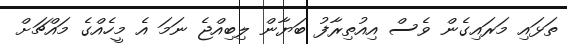
ތަޅައި މަރައިގެން ވެސް އިއުތިރާފު ބަޔާން ލިބިއްޖެ ނަމަ އެ މީހެއްގެ މައްޗަށް